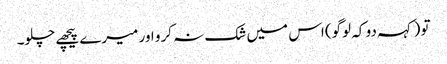
تو (کہہ دو کہ لوگو) اس میں شک نہ کرو اور میرے پیچھے چلو۔